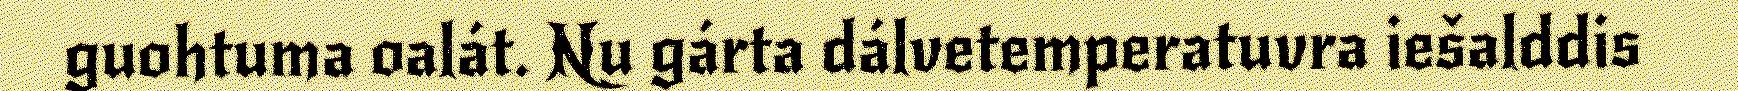
guohtuma oalát. Nu gárta dálvetemperatuvra iešalddis